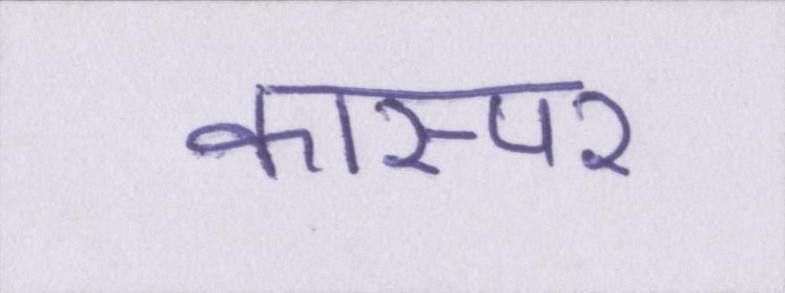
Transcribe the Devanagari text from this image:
कास्पर